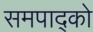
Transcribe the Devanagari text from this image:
समपाद्को